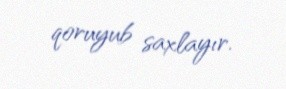
qoruyub saxlayır.